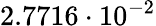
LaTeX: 2.7716\cdot 10^{-2}